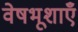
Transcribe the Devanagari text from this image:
वेषभूशाएँ